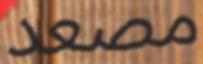
مصعد